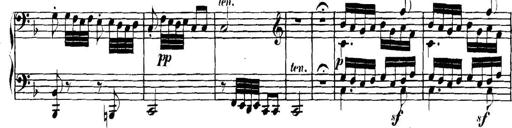
Title: Collected Piano Sonatas
Composer: Muzio Clementi